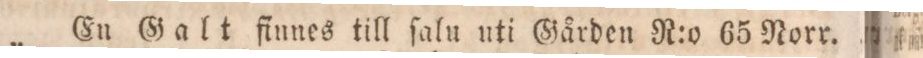
En Galt finnes till ſalu uti Gården R:o 65 Norr.